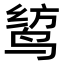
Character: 𫛯